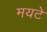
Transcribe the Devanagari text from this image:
मयटे